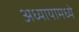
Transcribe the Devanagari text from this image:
अध्यायामध्ये